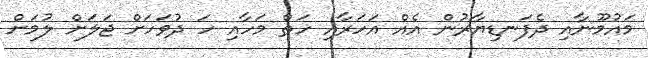
މައުމޫނާއި ދެފަނޑިޔާރުން އެއް އަހަރާއި ހަތް މަހާއި ހަ ދުވަހަށް ޖަލަށް ލުމަށް